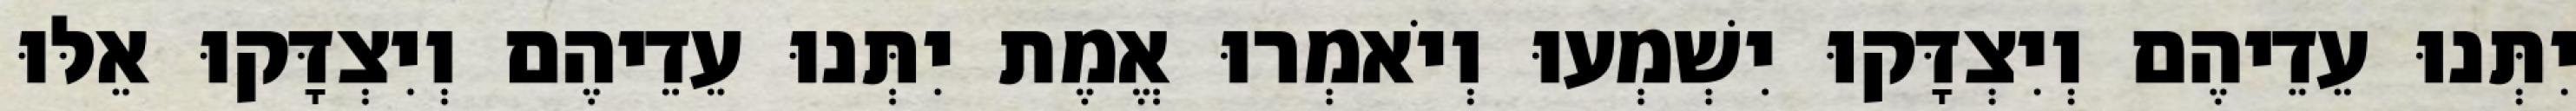
יִתְּנוּ עֵדֵיהֶם וְיִצְדָּקוּ יִשְׁמְעוּ וְיֹאמְרוּ אֱמֶת יִתְּנוּ עֵדֵיהֶם וְיִצְדָּקוּ אֵלּוּ